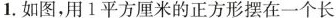
1.如图，用1平方厘米的正方形摆在一个长